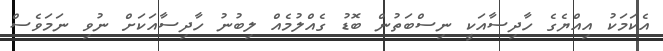
އެކަމަކު އިއްޔެގެ ހާދިސާއަކީ ނިސްބަތުން ބޮޑު ގެއްލުމެއް ލިބުނު ހާދިސާއަކަށް ނުވި ނަމަވެސް